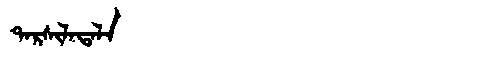
Manchu: ᡨᠠᡵᠰᡳᠯᠠᡨᠠᠯᠠ
Romanization: TARSILATALA